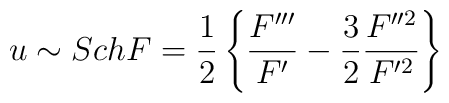
u \sim Sch F = {1 \over 2}\left\{ {F''' \over F'}  - {3 \over 2}{F''^2 \over F'^2}\right\}